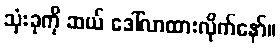
သုံးခုကို ဆယ် ဒေါ်လာထားလိုက်နော်။